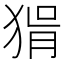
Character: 𤟕